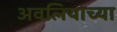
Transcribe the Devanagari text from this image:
अवलियाच्या